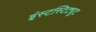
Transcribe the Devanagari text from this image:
इंस्टस्टिट्यूट